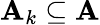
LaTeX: \mathbf{A}_{k}\subseteq\mathbf{A}